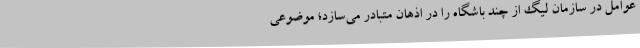
عوامل در سازمان لیگ از چند باشگاه‌ را در اذهان متبادر می‌سازد؛ موضوعی